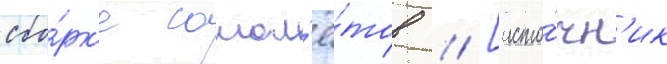
сбо́рк'е самол'ё́тов // [исто́чн'ик